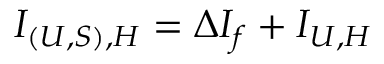
I _ { ( U , S ) , H } = \Delta I _ { f } + I _ { U , H }